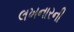
લખનારની